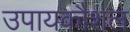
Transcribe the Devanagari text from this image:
उपायकौशल